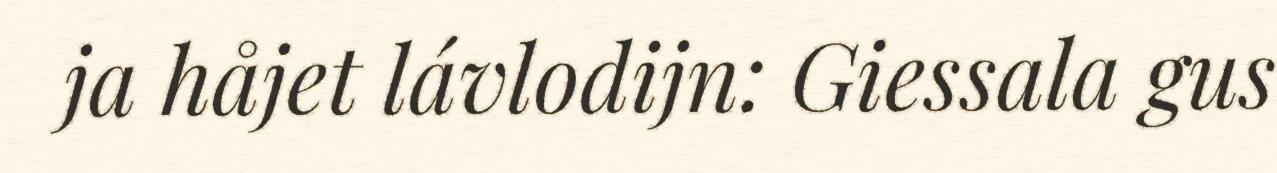
ja håjet lávlodijn: Giessala gus